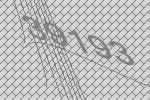
39193